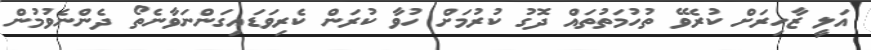
އަލީ ޒާހިރަށް ކުރެވޭ ތުހުމަތުތައް ދޮގު ކުރުމަށް ހުވާ ކުރަން ކެރިވަޑައިގަންނަވާނެތޯ ދެންނެވުމުން